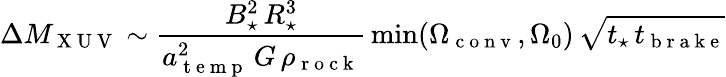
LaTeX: \Delta M_{\mathrm{~X~U~V~}}\sim\frac{B_{\star}^{2}\, R_{\star}^{3}}{a_{\mathrm{~t~e~m~p~}}^{2}\, G\, \rho_{\mathrm{~r~o~c~k~}}}\, \operatorname*{min}(\Omega_{\mathrm{~c~o~n~v~}},\Omega_{0})\, \sqrt{t_{\star}\, t_{\mathrm{~b~r~a~k~e~}}}